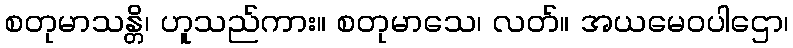
စတုမာသန္တိ၊ ဟူသည်ကား။ စတုမာသေ၊ လတ်။ အယမေဝပါဌော၊